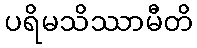
ပရိမသိဿာမီတိ